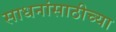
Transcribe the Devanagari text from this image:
साधनांसाठीच्या